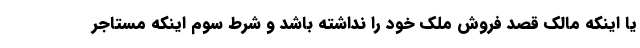
یا اینکه مالک قصد فروش ملک خود را نداشته‌ باشد و شرط سوم اینکه مستاجر